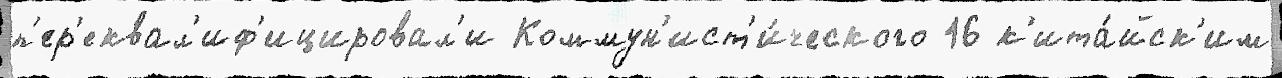
п'ер'еквал'иф'ицировал'и Коммун'ист'и́ческого 16 к'ита́йск'им